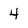
Character: 4